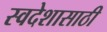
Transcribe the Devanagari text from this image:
स्वदेशासाठी